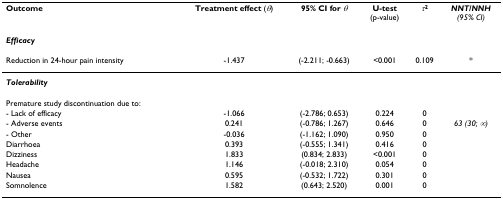
<table><thead><tr><td><b>Outcome</b></td><td><b>Treatment effect (<i>θ</i>)</b></td><td><b>95% CI for <i>θ</i></b></td><td><b>U-test(p-value)</b></td><td><b><i>τ</i><sup>2</sup></b></td><td><b><i>NNT/NNH</i><i>(95% CI)</i></b></td></tr></thead><tbody><tr><td><b><i>Efficacy</i></b></td><td></td><td></td><td></td><td></td><td></td></tr><tr><td>Reduction in 24-hour pain intensity</td><td>-1.437</td><td>(-2.211; -0.663)</td><td>&lt;0.001</td><td>0.109</td><td>*</td></tr><tr><td><b><i>Tolerability</i></b></td><td></td><td></td><td></td><td></td><td></td></tr><tr><td>Premature study discontinuation due to:</td><td></td><td></td><td></td><td></td><td></td></tr><tr><td>- Lack of efficacy</td><td>-1.066</td><td>(-2.786; 0.653)</td><td>0.224</td><td>0</td><td></td></tr><tr><td>- Adverse events</td><td>0.241</td><td>(-0.786; 1.267)</td><td>0.646</td><td>0</td><td><i>63 (30; ∞)</i></td></tr><tr><td>- Other</td><td>-0.036</td><td>(-1.162; 1.090)</td><td>0.950</td><td>0</td><td></td></tr><tr><td>Diarrhoea</td><td>0.393</td><td>(-0.555; 1.341)</td><td>0.416</td><td>0</td><td></td></tr><tr><td>Dizziness</td><td>1.833</td><td>(0.834; 2.833)</td><td>&lt;0.001</td><td>0</td><td></td></tr><tr><td>Headache</td><td>1.146</td><td>(-0.018; 2.310)</td><td>0.054</td><td>0</td><td></td></tr><tr><td>Nausea</td><td>0.595</td><td>(-0.532; 1.722)</td><td>0.301</td><td>0</td><td></td></tr><tr><td>Somnolence</td><td>1.582</td><td>(0.643; 2.520)</td><td>0.001</td><td>0</td><td></td></tr></tbody></table>